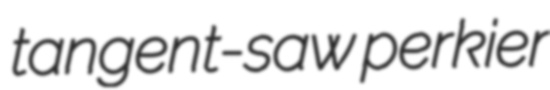
tangent-saw perkier